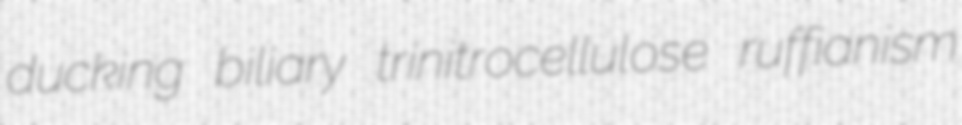
ducking biliary trinitrocellulose ruffianism